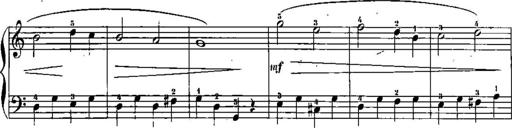
Title: Trois sonatines
Composer: Maurice Emmanuel